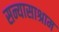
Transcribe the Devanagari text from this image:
सन्यासाश्राम